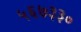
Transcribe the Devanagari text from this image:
५६७३३०